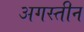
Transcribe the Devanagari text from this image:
अगस्तीन